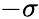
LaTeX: -\sigma